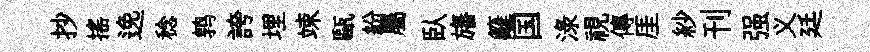
抄揺𨓜稔鹑誇埋竦甌紛屬臥旛籬国渌視傳厓紗刊强义廷